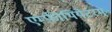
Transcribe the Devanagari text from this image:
एम्फ़ीथियेटरम्